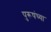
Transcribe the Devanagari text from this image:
पुरूषंच्या